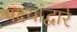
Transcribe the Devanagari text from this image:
पक्ष्यांद्वारे